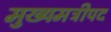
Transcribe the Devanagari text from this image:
मुख्यमत्रीपद